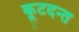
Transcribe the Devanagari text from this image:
कूटदन्त